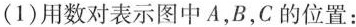
(1)用数对表示图中A，B，C的位置：